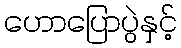
ဟောပြောပွဲနှင့်